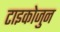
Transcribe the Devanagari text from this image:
टाइकोजुन